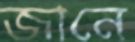
জানে